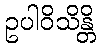
ဥပါဝိသိန္တိ